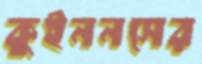
কুইননসের